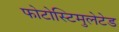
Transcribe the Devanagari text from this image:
फोटोस्टिमुलेटेड